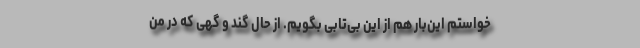
‌خواستم این‌بار هم از این بی‌تابی بگویم. از حال گند و گهی که در من